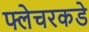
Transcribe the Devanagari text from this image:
फ्लेचरकडे